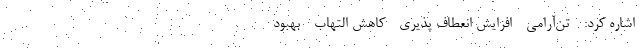
اشاره کرد: - تن‌آرامی - افزایش انعطاف پذیری - کاهش التهاب - بهبود